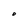
Character: O